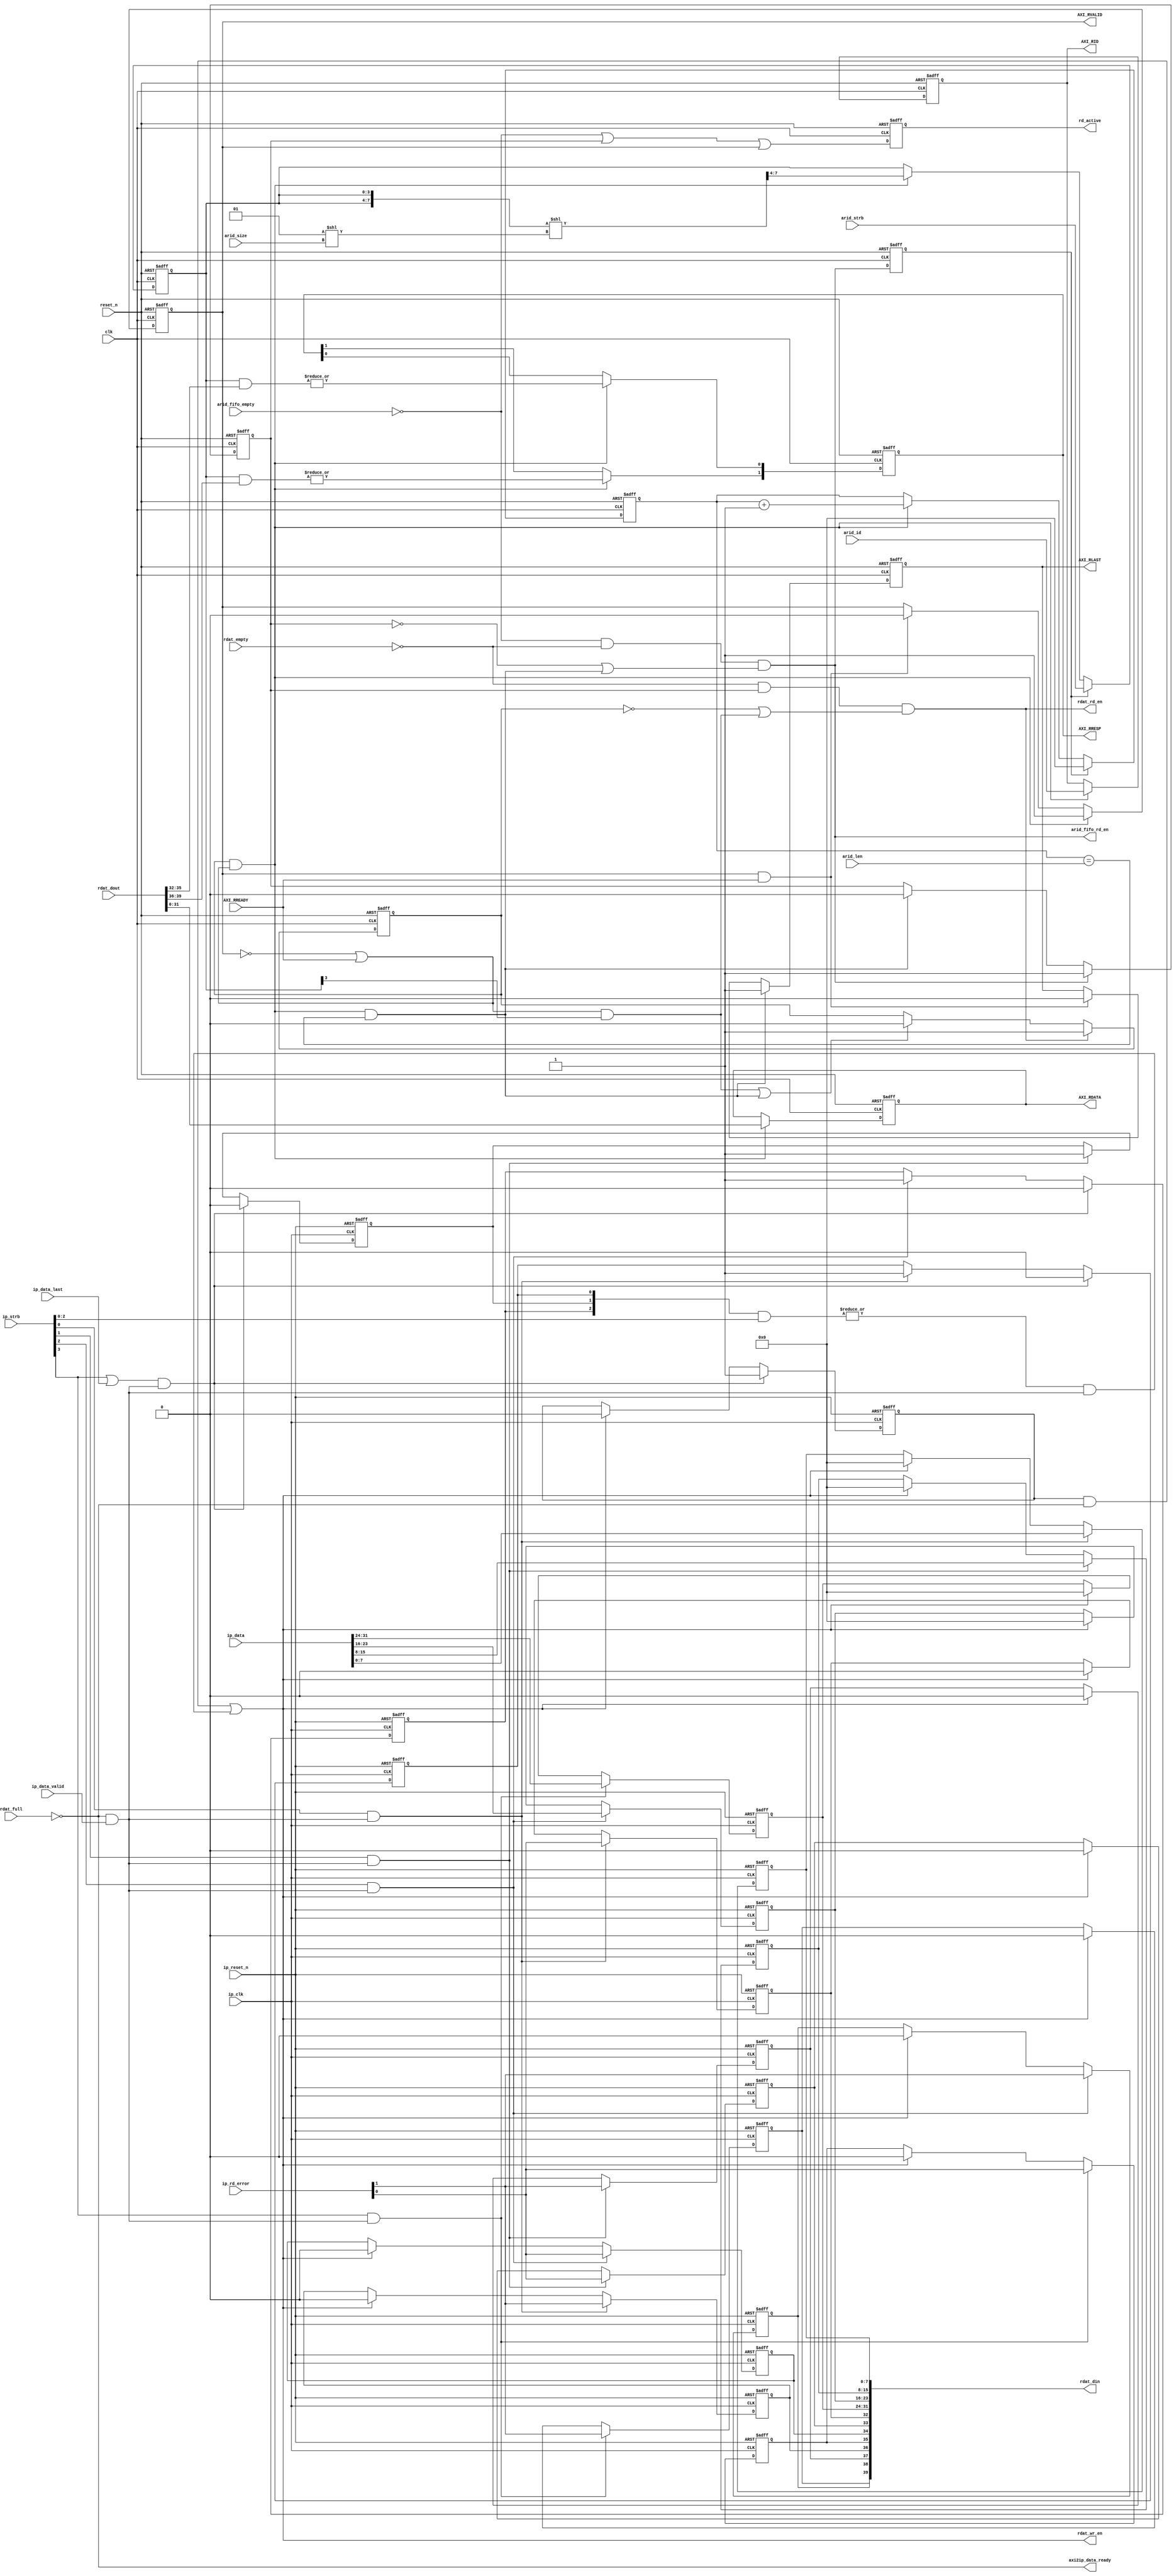
module rpc2_ctrl_axi_rd_data_channel (
   // Outputs
   AXI_RID, AXI_RDATA, AXI_RRESP, AXI_RLAST, AXI_RVALID, 
   axi2ip_data_ready, arid_fifo_rd_en, rdat_rd_en, rdat_wr_en, 
   rdat_din, rd_active, 
   // Inputs
   clk, reset_n, AXI_RREADY, ip_rd_error, ip_data_valid, 
   ip_data_last, ip_data, ip_strb, arid_id, arid_size, arid_len, 
   arid_strb, arid_fifo_empty, ip_clk, ip_reset_n, rdat_dout, 
   rdat_empty, rdat_full
   );
   parameter C_AXI_ID_WIDTH   = 'd4;
   parameter C_AXI_DATA_WIDTH = 'd32;
   
   localparam RDAT_FIFO_DATA_WIDTH  = C_AXI_DATA_WIDTH+((C_AXI_DATA_WIDTH*2)/8);
   
   // Global System Signals
   input clk;
   input reset_n;
   
   // Read Data Channel Signals
   output [C_AXI_ID_WIDTH-1:0]   AXI_RID;
   output [C_AXI_DATA_WIDTH-1:0] AXI_RDATA;
   output [1:0]                  AXI_RRESP;
   output                        AXI_RLAST;
   output                        AXI_RVALID;
   input                         AXI_RREADY;

   input [1:0]                   ip_rd_error;
   input                         ip_data_valid;
   input                         ip_data_last;
   input [C_AXI_DATA_WIDTH-1:0]  ip_data;
   input [(C_AXI_DATA_WIDTH/8)-1:0] ip_strb;
   output                           axi2ip_data_ready;
   
   // from/to ARID
   input [C_AXI_ID_WIDTH-1:0]       arid_id;
   input [1:0]                      arid_size;
   input [7:0]                      arid_len;
   input [(C_AXI_DATA_WIDTH/8)-1:0] arid_strb;
   input                            arid_fifo_empty;
   output                           arid_fifo_rd_en;

   input                            ip_clk;
   input                            ip_reset_n;

   // RDAT FIFO
   output                           rdat_rd_en;
   output                           rdat_wr_en;
   output [RDAT_FIFO_DATA_WIDTH-1:0] rdat_din;
   input [RDAT_FIFO_DATA_WIDTH-1:0]  rdat_dout;
   input                             rdat_empty;
   input                             rdat_full;

   output                            rd_active;
   
   wire                              ip_data_valid;
   
   wire                              clk;
   wire                              reset_n;
   wire [RDAT_FIFO_DATA_WIDTH-1:0]   rdat_din;
   wire [RDAT_FIFO_DATA_WIDTH-1:0]   rdat_dout;
   wire                              rdat_full;
   wire                              rdat_empty;
   wire                              rdat_rd_en;
   wire                              rdat_wr_en;
   reg [(C_AXI_DATA_WIDTH/8)-1:0]    rdat_err_l_din;
   reg [(C_AXI_DATA_WIDTH/8)-1:0]    rdat_err_h_din;
   wire [(C_AXI_DATA_WIDTH/8)-1:0]   rdat_err_l_dout;
   wire [(C_AXI_DATA_WIDTH/8)-1:0]   rdat_err_h_dout;
   reg                               rdat_wr_op;
   reg                               rdat_data_valid;
   reg [C_AXI_DATA_WIDTH-1:0]        rdat_data_din;
   wire                              rdat_data_ready;

   wire                              arid_data_last;
   reg                               arid_data_valid;
   reg [7:0]                         length_counter;
   wire                              data_vr;
   reg                               rd_start;
   
   wire [(C_AXI_DATA_WIDTH/8)-1:0]   strb_rotate;
   reg [(C_AXI_DATA_WIDTH/8)-1:0]    strb;

   wire                              data_overwrite;
   reg [(C_AXI_DATA_WIDTH/8)-2:0]    rdat_data_din_valid;
   /*AUTOWIRE*/
   // Beginning of automatic wires (for undeclared instantiated-module outputs)
   // End of automatics
   
   /*AUTOREG*/
   // Beginning of automatic regs (for this module's undeclared outputs)
   reg [C_AXI_DATA_WIDTH-1:0]AXI_RDATA;
   reg [C_AXI_ID_WIDTH-1:0]AXI_RID;
   reg                  AXI_RLAST;
   reg [1:0]            AXI_RRESP;
   reg                  AXI_RVALID;
   reg                  rd_active;
   // End of automatics
   
   assign axi2ip_data_ready = ~rdat_full;
   assign data_vr = axi2ip_data_ready & ip_data_valid;
   
   //--------------------------------------------
   // Write to RDAT FIFO
   //--------------------------------------------   
   assign rdat_din = {rdat_err_h_din[(C_AXI_DATA_WIDTH/8)-1:0], rdat_err_l_din[(C_AXI_DATA_WIDTH/8)-1:0], rdat_data_din[C_AXI_DATA_WIDTH-1:0]};
   assign data_overwrite = |(rdat_data_din_valid & ip_strb[(C_AXI_DATA_WIDTH/8)-2:0]);
   assign rdat_wr_en = (rdat_wr_op & (~rdat_full)) || (data_overwrite & data_vr);
   
   // write enable to RDAT FIFO
   always @(posedge ip_clk or negedge ip_reset_n) begin
      if (~ip_reset_n)
        rdat_wr_op <= 1'b0;
      else if ((ip_strb[(C_AXI_DATA_WIDTH/8)-1] | ip_data_last) & data_vr)
        rdat_wr_op <= 1'b1;
      else if (rdat_wr_en)
        rdat_wr_op <= 1'b0;
   end
   
   genvar i;
   generate for (i = 0; i < (C_AXI_DATA_WIDTH/8); i=i+1) begin: rdat_data_din_loop
      always @(posedge ip_clk or negedge ip_reset_n) begin
         if (~ip_reset_n)
           rdat_data_din[8*i+:8] <= 8'h00;
         else if (ip_strb[i] & data_vr)
           rdat_data_din[ (8*i) +:8] <= ip_data[ (8*i) +: 8];          
         else if (rdat_wr_en)
           rdat_data_din[8*i+:8] <= 8'h00;
      end
   end
   endgenerate

   generate for (i = 0; i < (C_AXI_DATA_WIDTH/8); i=i+1) begin: rdat_err_din_loop
      always @(posedge ip_clk or negedge ip_reset_n) begin
         if (~ip_reset_n) begin
            rdat_err_l_din[i] <= 1'b0;
            rdat_err_h_din[i] <= 1'b0;
         end
         else if (ip_strb[i] & data_vr) begin
            rdat_err_l_din[i] <= ip_rd_error[0];
            rdat_err_h_din[i] <= ip_rd_error[1];
         end
         else if (rdat_wr_en) begin
            rdat_err_l_din[i] <= 1'b0;
            rdat_err_h_din[i] <= 1'b0;
         end
      end
   end
   endgenerate

   generate for (i = 0; i < ((C_AXI_DATA_WIDTH/8)-1); i=i+1) begin: rdat_data_din_valid_loop
      always @(posedge ip_clk or negedge ip_reset_n) begin
         if (~ip_reset_n)
           rdat_data_din_valid[i] <= 1'b0;
         else if ((ip_strb[(C_AXI_DATA_WIDTH/8)-1] | ip_data_last) & data_vr)
           rdat_data_din_valid[i] <= 1'b0;
         else if (ip_strb[i] & data_vr)
           rdat_data_din_valid[i] <= 1'b1;
      end
   end
   endgenerate
  
  
 
   //--------------------------------------------
   // Read from ARID
   //--------------------------------------------

   
   assign arid_fifo_rd_en = (~arid_fifo_empty) & (~rdat_empty) & ((~arid_data_valid) | arid_data_last);
//   assign arid_fifo_rd_en = (~arid_fifo_empty) & (~rdat_empty) & ((~arid_data_valid));   
   assign arid_data_last = rdat_data_valid & rdat_data_ready & (length_counter == arid_len);
  
   // arid_data_valid
   always @(posedge clk or negedge reset_n) begin
      if (~reset_n)
        arid_data_valid <= 1'b0;
      else if (arid_fifo_rd_en)
        arid_data_valid <= 1'b1;
      else if (arid_data_last)     
        arid_data_valid <= 1'b0;
   end

   //--------------------------------------------
   // Read from RDAT FIFO
   //--------------------------------------------
   assign strb_rotate = ({strb, strb}<<(1<<arid_size))>>((C_AXI_DATA_WIDTH/8));
   
//   assign rdat_rd_en = (~rdat_empty) & arid_data_valid & (~arid_data_last) & ((~rdat_data_valid) | (rdat_data_ready & strb[(C_AXI_DATA_WIDTH/8)-1])); 
   assign rdat_rd_en = (~rdat_empty) & arid_data_valid &  ((~rdat_data_valid) | (rdat_data_ready & strb[(C_AXI_DATA_WIDTH/8)-1]));

   
   assign rdat_data_ready = (~AXI_RVALID) | AXI_RREADY;
   
   
   // data from RDAT FIFO is valid
   always @(posedge clk or negedge reset_n) begin
      if (~reset_n)
        rdat_data_valid <= 1'b0;
      else if (rdat_rd_en)
        rdat_data_valid <= 1'b1;
      else if ((rdat_data_ready & strb[(C_AXI_DATA_WIDTH/8)-1]) | arid_data_last)
//      else if ((rdat_data_ready & strb[(C_AXI_DATA_WIDTH/8)-1]) | (length_counter == arid_len) )      
        rdat_data_valid <= 1'b0;
   end

   // strb
   always @(posedge clk or negedge reset_n) begin
      if (~reset_n)
        strb <= {(C_AXI_DATA_WIDTH/8){1'b0}};
      else if (rd_start)
        strb <= arid_strb;
      else if (rdat_data_valid & rdat_data_ready)
        strb <= strb_rotate;
   end
   
   // length_counter
   always @(posedge clk or negedge reset_n) begin
      if (~reset_n)
        length_counter <= 8'h00;
      else if (rd_start)
        length_counter <= 8'h00;
      else if (rdat_data_valid & rdat_data_ready)
        length_counter <= length_counter + 1'b1;
   end
   
   // rd_start
   always @(posedge clk or negedge reset_n) begin
      if (~reset_n)
        rd_start <= 1'b0;
      else
        rd_start <= arid_fifo_rd_en;
   end

   //--------------------------------------------
   // AXI
   //--------------------------------------------
   assign rdat_err_l_dout = rdat_dout[((C_AXI_DATA_WIDTH/8)+C_AXI_DATA_WIDTH)-1:C_AXI_DATA_WIDTH];
   assign rdat_err_h_dout = rdat_dout[RDAT_FIFO_DATA_WIDTH-1:(C_AXI_DATA_WIDTH/8)+C_AXI_DATA_WIDTH];
   
   // AXI_RDATA
   always @(posedge clk or negedge reset_n) begin
      if (~reset_n)
        AXI_RDATA[C_AXI_DATA_WIDTH-1:0] <= {C_AXI_DATA_WIDTH{1'b0}};
      else if (rdat_data_valid & rdat_data_ready)
        AXI_RDATA[C_AXI_DATA_WIDTH-1:0] <= rdat_dout[C_AXI_DATA_WIDTH-1:0];
   end
 
   // AXI_RVALID
   always @(posedge clk or negedge reset_n) begin
      if (~reset_n)
        AXI_RVALID <= 1'b0;
      else if (rdat_data_valid & rdat_data_ready)
        AXI_RVALID <= 1'b1;
      else if (AXI_RVALID & AXI_RREADY)
        AXI_RVALID <= 1'b0;
   end

   // AXI_RLAST
   always @(posedge clk or negedge reset_n) begin
      if (~reset_n)
        AXI_RLAST <= 1'b0;
      else if (arid_data_last)
//      else if (length_counter == arid_len)      
        AXI_RLAST <= 1'b1;
      else if (AXI_RVALID & AXI_RREADY)
        AXI_RLAST <= 1'b0;
   end
   
   // AXI_RID
   always @(posedge clk or negedge reset_n) begin
      if (~reset_n)
        AXI_RID <= {C_AXI_ID_WIDTH{1'b0}};
      else if (rdat_data_valid & rdat_data_ready)
        AXI_RID <= arid_id[C_AXI_ID_WIDTH-1:0];
   end
   
   // AXI_RRESP
   always @(posedge clk or negedge reset_n) begin
      if (~reset_n) begin
         AXI_RRESP[0] <= 1'b0;
         AXI_RRESP[1] <= 1'b0;
      end
      else if (rdat_data_valid & rdat_data_ready) begin
         AXI_RRESP[0] <= |(strb & rdat_err_l_dout);
         AXI_RRESP[1] <= |(strb & rdat_err_h_dout);
      end
   end

   //--------------------------------------------
   // Status
   //--------------------------------------------
   always @(posedge clk or negedge reset_n) begin
      if (~reset_n)
        rd_active <= 1'b0;
      else
        rd_active <= (~arid_fifo_empty) | arid_data_valid | AXI_RVALID;
   end
   
endmodule